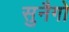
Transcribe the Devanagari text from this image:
सुनैगो